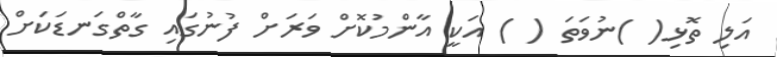
އަލި ތޮޅި( )ނުވަތަ ( ) އަކީ އާންމުކޮށް ވަރަށް ފުނުގައި ގާތްގަނޑަކަށް